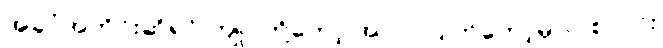
အခုပုံအတိုင်းဆိုရင် ကျုပ်တို့တော့ အလုပ်ပြုတ်တော့မှာပဲ စလင်း